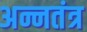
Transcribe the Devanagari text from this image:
अन्नतंत्र